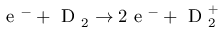
\mathrm { ~ e ~ } ^ { - } + \mathrm { ~ D ~ } _ { 2 } \rightarrow 2 \mathrm { ~ e ~ } ^ { - } + \mathrm { ~ D ~ } _ { 2 } ^ { + }